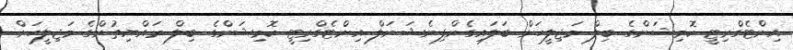
އިންޓެގްރިޓީ ކޮމިޝަންގެ ބިލް މަޖިލީހަށް ބަލައިގެންފިނެޝަނަލް އިންޓެގްރިޓީ ކޮމިޝަންގެ ބިލް ރައްޔިތުންގެ މަޖިލީހަށް